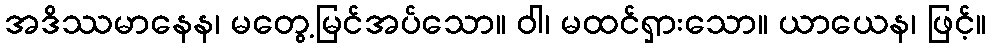
အဒိဿမာနေန၊ မတွေ့မြင်အပ်သော။ ဝါ၊ မထင်ရှားသော။ ယာယေန၊ ဖြင့်။